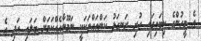
އެ މީހުންގެ ކިބައިގައި ހުރި ރަނގަޅު ކަންތައްތަކަކީ ނަމޫނާއެއްކަމަށް ބަލައި އަދި އެ